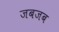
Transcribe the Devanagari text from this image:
जबजब